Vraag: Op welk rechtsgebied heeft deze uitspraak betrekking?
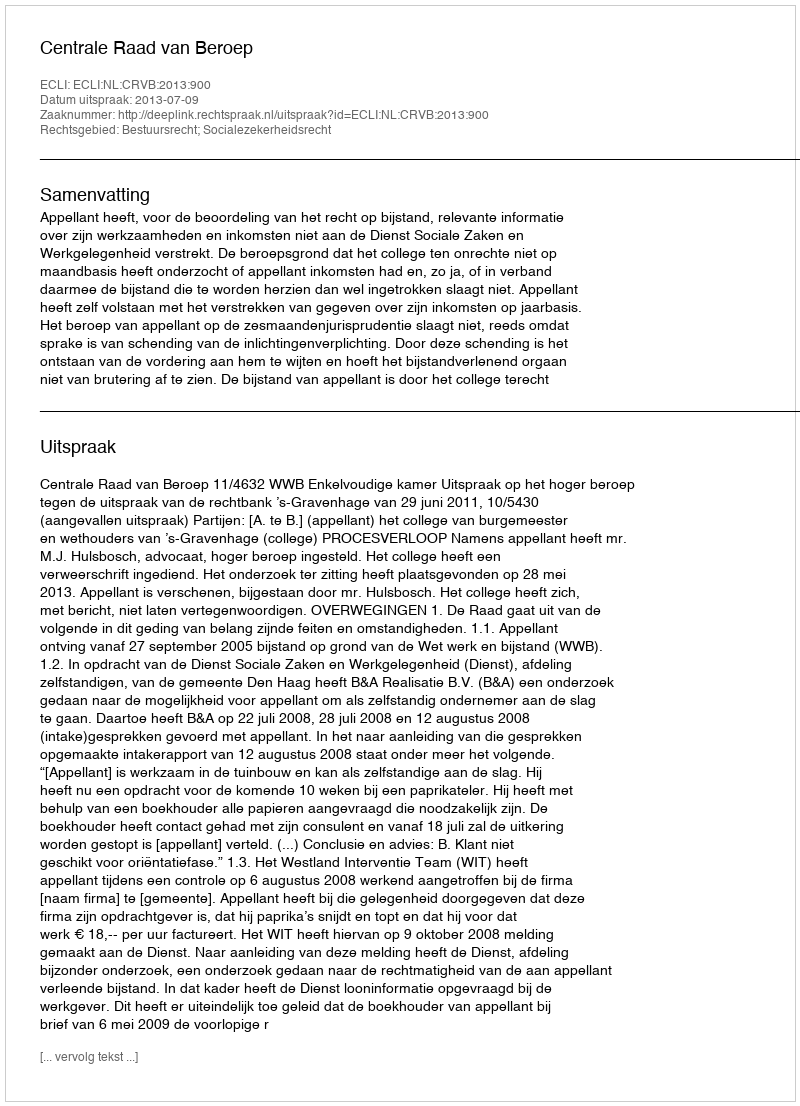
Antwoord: Bestuursrecht; Socialezekerheidsrecht